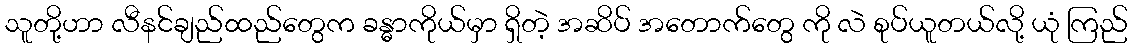
သူတို့ဟာ လီနင်ချည်ထည်တွေက ခန္ဓာကိုယ်မှာ ရှိတဲ့ အဆိပ် အတောက်တွေ ကို လဲ စုပ်ယူတယ်လို့ ယုံ ကြည်